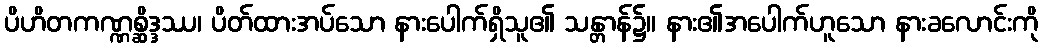
ပိဟိတကဏ္ဏစ္ဆိဒ္ဒဿ၊ ပိတ်ထားအပ်သော နားပေါက်ရှိသူ၏ သန္တာန်၌။ နား၏အပေါက်ဟူသော နားခလောင်းကို